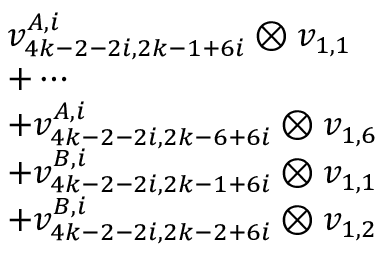
\begin{array} { r l } & { v _ { 4 k - 2 - 2 i , 2 k - 1 + 6 i } ^ { A , i } \otimes v _ { 1 , 1 } } \\ & { + \cdots } \\ & { + v _ { 4 k - 2 - 2 i , 2 k - 6 + 6 i } ^ { A , i } \otimes v _ { 1 , 6 } } \\ & { + v _ { 4 k - 2 - 2 i , 2 k - 1 + 6 i } ^ { B , i } \otimes v _ { 1 , 1 } } \\ & { + v _ { 4 k - 2 - 2 i , 2 k - 2 + 6 i } ^ { B , i } \otimes v _ { 1 , 2 } } \end{array}